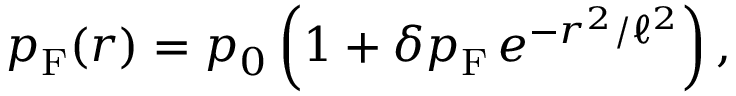
\begin{array} { r } { p _ { \mathrm { F } } ( r ) = p _ { 0 } \left( 1 + \delta p _ { \mathrm { F } } \, e ^ { - r ^ { 2 } / \ell ^ { 2 } } \right) , } \end{array}